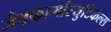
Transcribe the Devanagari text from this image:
जैवफार्मास्युटिकल्स